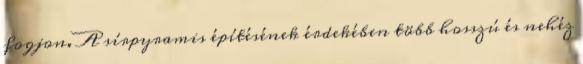
fogjon. A sírpyramis építésének érdekében több hosszú és nehéz